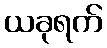
ယခုရက်